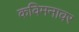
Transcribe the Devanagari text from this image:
कविमनावर